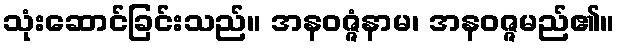
သုံးဆောင်ခြင်းသည်။ အနဝဇ္ဇံနာမ၊ အနဝဇ္ဇမည်၏။